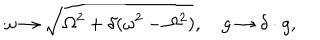
\omega \rightarrow \sqrt { \Omega ^ { 2 } + \delta ( \omega ^ { 2 } - \Omega ^ { 2 } ) } , \quad g \rightarrow \delta \cdot g ,